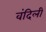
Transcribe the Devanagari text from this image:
वंदिली